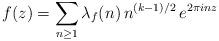
LaTeX: \begin{align*}f(z) = \sum_{n\ge 1} \lambda_f(n) \, n^{(k-1)/2} \, e^{2\pi i n z}\end{align*}